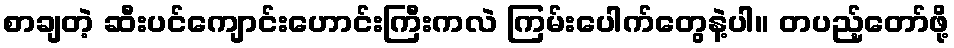
စာချတဲ့ ဆီးပင်ကျောင်းဟောင်းကြီးကလဲ ကြမ်းပေါက်တွေနဲ့ပါ။ တပည့်တော်ဖို့